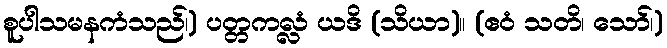
စူပါသမနကံသည်၊) ပတ္တကလ္လံ ယဒိ (သိယာ)။ (ဧဝံ သတိ၊ သော်၊)